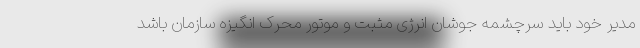
مدیر خود باید سرچشمه جوشان انرژی مثبت و موتور محرک انگیزه سازمان باشد